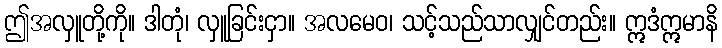
ဤအလှူတို့ကို။ ဒါတုံ၊ လှူခြင်းငှာ။ အလမေဝ၊ သင့်သည်သာလျှင်တည်း။ ဣဒံဣမာနိ